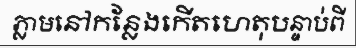
ភ្លាមនៅកន្លែងកើតហេតុបន្ទាប់ពី